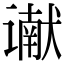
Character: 谳